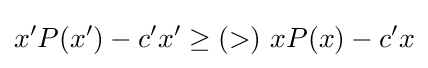
x'P(x')-c'x'\geq (>)\ xP(x)-c'x